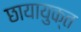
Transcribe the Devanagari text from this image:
छायायुक्‍त